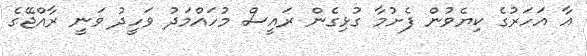
އާ އަހަރުގެ ކިޔެވުން ފެށުމާ ގުޅިގެން ރައީސް މުހައްމަދު ވަހީދު ވަނީ ރާއްޖޭގެ